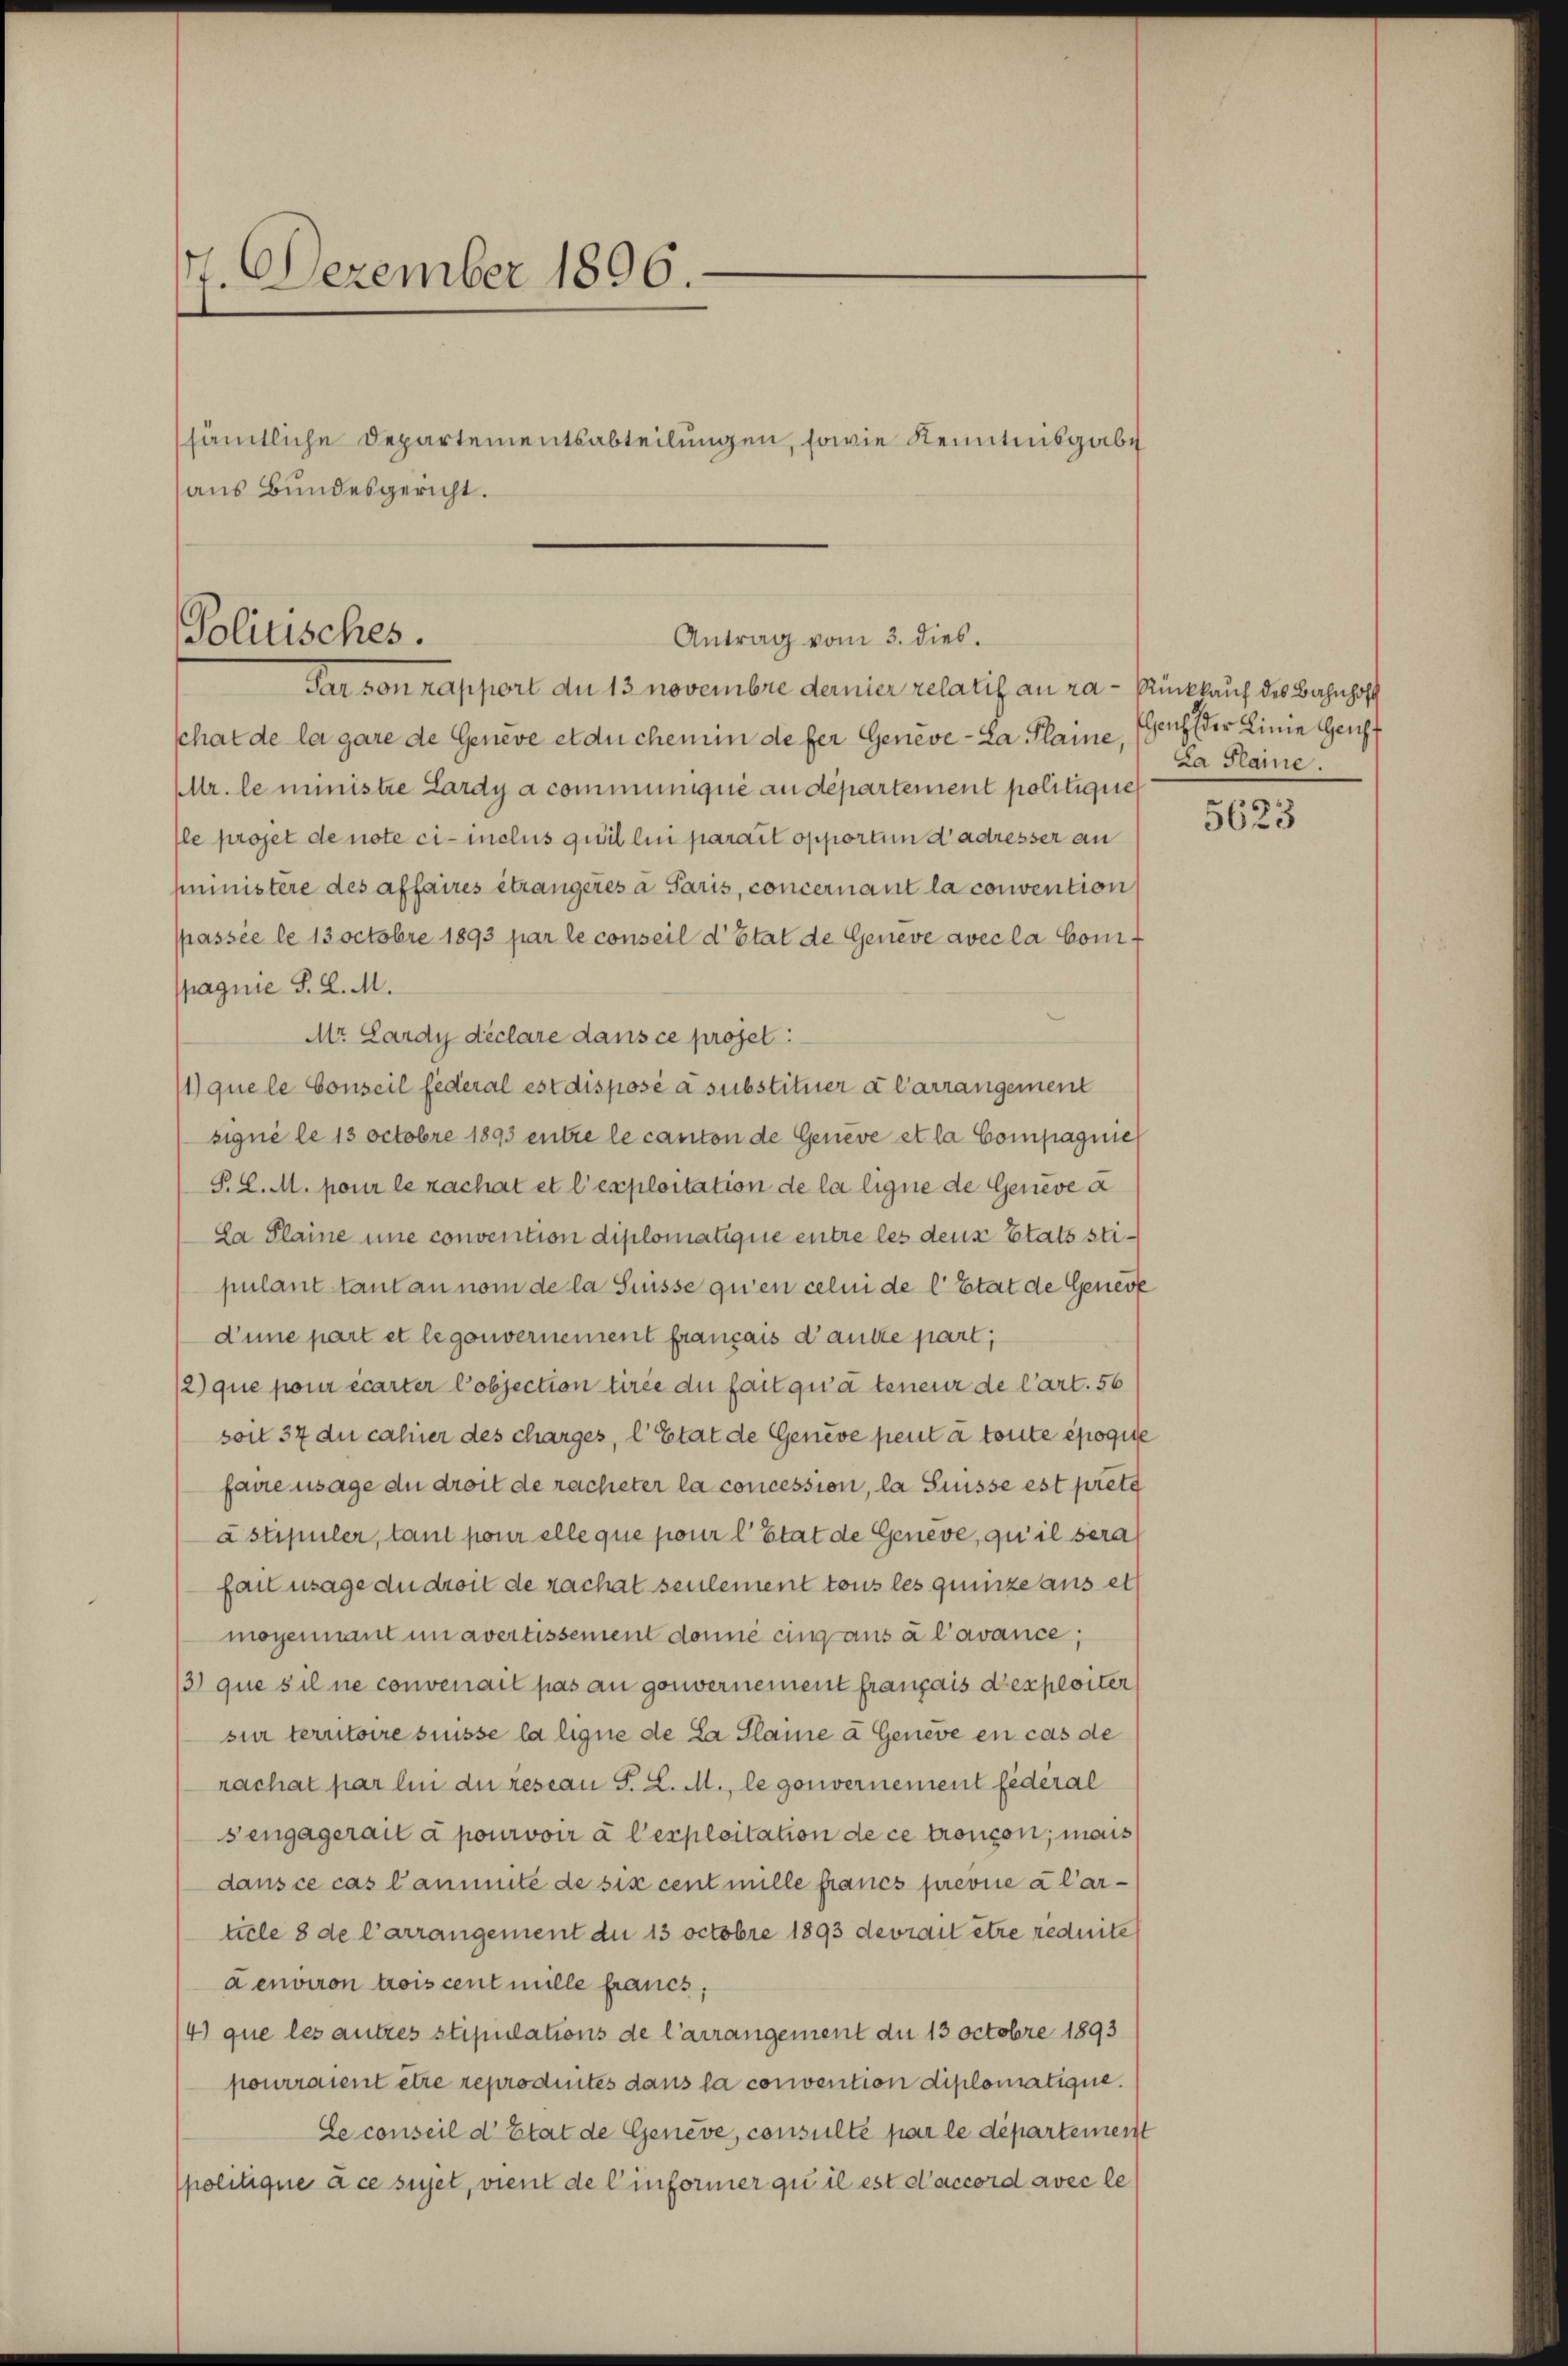
17. Dezember 1896.
sämtliche Departementsabteilungen, sowie Kenntnisgabe
aus Bundesgericht.

Politisches.
Antrag vom 3. dies.
Par son rapport du 13 novembre dernier relatif an ra-Rückkauf des Bahnhof

schat de la gare de Geneve et du chemin defer Geneve-La Plaine,
Mr. le ministre Lardy a communiqué au département politigire
Ile projet de note ci- inclus qui lui parait opportun d’adresser an
mministere des affaires étrangeres a Paris, concernant la convention
passée le 13 octobre 1893 par le conseil d’Etat de Geneve avec la Conf
pagnie S. L. M.
Mr. Lardy déclare dans ce projet:
1) que le Conseil federal est disposé à substituer a Carrangement
signé le 13 Octobre 1893 entre le canton de Geneve et la Compagnie
P. C. M. pour le rachat et l’exploitation de la ligne de Geneve a
La Plaine une convention diplomatique entre les deus Etats stipulant tant an nom de la Suisse qu’en celui de l’Etat de Genere
d’une part et legouvernement français d’autre part,
/2) que pour écarter Pobjection tirée du fait qu’à teneur de Cart. 56
soit 37 du cahier des charges, l’Etat de Geneve peut à toute époque
faire usage du droit de racheter la concession, la Suisse est preta
àstipuler, tant pour elle que pour l’Etat de Geneve, qu’il sera
far usage du droit de rachat seulement tous les quinze aus et
moyennant un avertissement donne eing aus à l’avance;
3) que s il ne convenait pas an gouvernement français deshleiter
sur territoire suisse la ligne de la Plaine a Geneve en cas de
rachat par lin du resian S. L. M., le gouvernement fédéral
sengagerait à pourvoir à l’exploitation de ce tronson; mais
dans ce cas Canmute de six cent mille francs prevue à l’article 8 de l’arrangement du 13 octobre 1893 devrait être reduite
Denviron trois cent mille francs,
(4) que les autres stipulations de Carrangement du 13 Octobre 1893
pourraient être reprodintes dans la convention diplomatique.
Le conseil d’Etat de Genève, consulte par le département
politique à ce seyet, vient de Einformer qu il est d’accord avec le

Genf der Linie Genf
La Plaine

5623